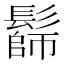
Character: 𩮭